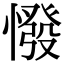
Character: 𢠺